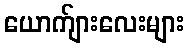
ယောက်ျားလေးများ